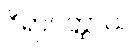
ဝိရာဂတ္ထာယ